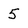
Character: 5